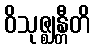
ဝိသုဇ္ဈန္တီတိ